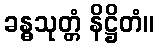
ခန္ဓသုတ္တံ နိဋ္ဌိတံ။